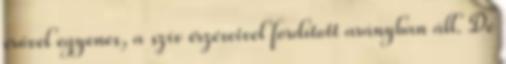
erővel egyenes, a szív érzéseivel fordított arányban áll. De